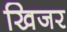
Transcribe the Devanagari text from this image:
खिजर